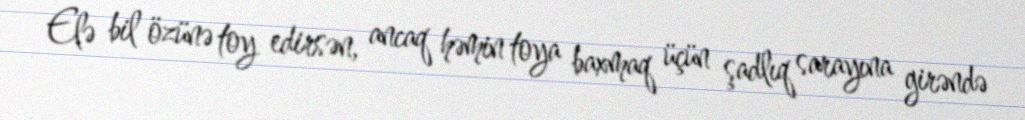
Elə bil özünə toy edirsən, ancaq həmin toya baxmaq üçün şadlıq sarayına girəndə